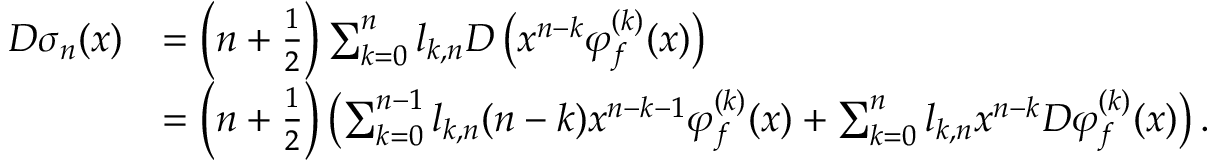
\begin{array} { r l } { D \sigma _ { n } ( x ) } & { = \left( n + \frac { 1 } { 2 } \right) \sum _ { k = 0 } ^ { n } l _ { k , n } D \left( x ^ { n - k } \varphi _ { f } ^ { ( k ) } ( x ) \right) } \\ & { = \left( n + \frac { 1 } { 2 } \right) \left( \sum _ { k = 0 } ^ { n - 1 } l _ { k , n } ( n - k ) x ^ { n - k - 1 } \varphi _ { f } ^ { ( k ) } ( x ) + \sum _ { k = 0 } ^ { n } l _ { k , n } x ^ { n - k } D \varphi _ { f } ^ { ( k ) } ( x ) \right) . } \end{array}